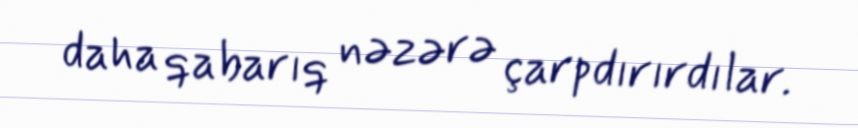
daha qabarıq nəzərə çarpdırırdılar.